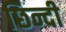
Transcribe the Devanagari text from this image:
छिन्दी